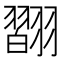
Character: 𦒆